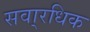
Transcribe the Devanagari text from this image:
सवा्रधिक